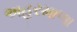
અહરમાળા